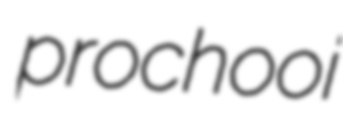
prochooi